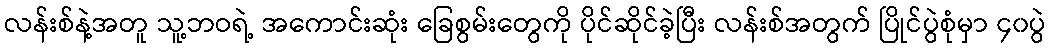
လန်းစ်နဲ့အတူ သူ့ဘဝရဲ့ အကောင်းဆုံး ခြေစွမ်းတွေကို ပိုင်ဆိုင်ခဲ့ပြီး လန်းစ်အတွက် ပြိုင်ပွဲစုံမှာ ၄၀ပွဲ